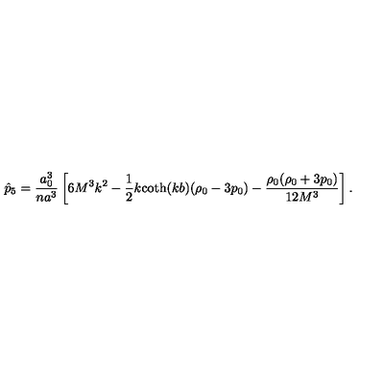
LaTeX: \hat { p } _ { 5 } = \frac { a _ { 0 } ^ { 3 } } { n a ^ { 3 } } \left[ 6 M ^ { 3 } k ^ { 2 } - \frac 1 2 k \mathrm { c o t h } ( k b ) ( \rho _ { 0 } - 3 p _ { 0 } ) - \frac { \rho _ { 0 } ( \rho _ { 0 } + 3 p _ { 0 } ) } { 1 2 M ^ { 3 } } \right] .